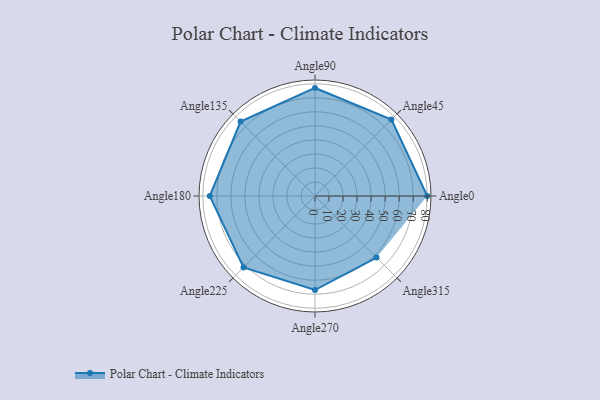
{"axis": {"x": "Angle", "y": "Radius"}, "legend": [""], "data": [{"x": "Angle0", "y": 80.0, "type": ""}, {"x": "Angle45", "y": 77.0, "type": ""}, {"x": "Angle90", "y": 77.0, "type": ""}, {"x": "Angle135", "y": 75.0, "type": ""}, {"x": "Angle180", "y": 75.0, "type": ""}, {"x": "Angle225", "y": 72.0, "type": ""}, {"x": "Angle270", "y": 67.0, "type": ""}, {"x": "Angle315", "y": 62.0, "type": ""}]}